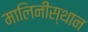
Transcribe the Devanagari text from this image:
मालिनीस्थान